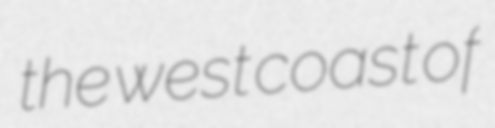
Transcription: the west coast of